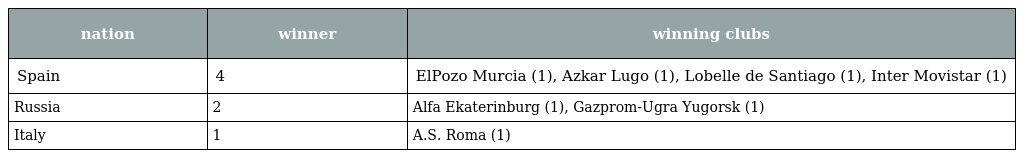
| nation | winner | winning clubs |
 | --- | --- | --- |
 | Spain | 4 | ElPozo Murcia (1), Azkar Lugo (1), Lobelle de Santiago (1), Inter Movistar (1) |
 | Russia | 2 | Alfa Ekaterinburg (1), Gazprom-Ugra Yugorsk (1) |
 | Italy | 1 | A.S. Roma (1) |